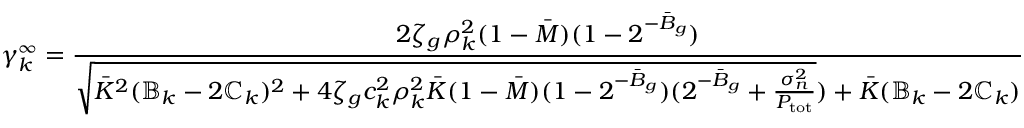
\gamma _ { k } ^ { \infty } = \frac { 2 \zeta _ { g } \rho _ { k } ^ { 2 } ( 1 - \ensuremath { \bar { M } } ) ( 1 - 2 ^ { - \ensuremath { \bar { B } } _ { g } } ) } { \sqrt { \ensuremath { \bar { K } } ^ { 2 } ( \mathbb { B } _ { k } - 2 \mathbb { C } _ { k } ) ^ { 2 } + 4 \zeta _ { g } c _ { k } ^ { 2 } \rho _ { k } ^ { 2 } \ensuremath { \bar { K } } ( 1 - \ensuremath { \bar { M } } ) ( 1 - 2 ^ { - \ensuremath { \bar { B } } _ { g } } ) ( 2 ^ { - \ensuremath { \bar { B } } _ { g } } + \frac { \sigma _ { n } ^ { 2 } } { P _ { \mathrm { t o t } } } } ) + \ensuremath { \bar { K } } ( \mathbb { B } _ { k } - 2 \mathbb { C } _ { k } ) }